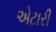
એટારી